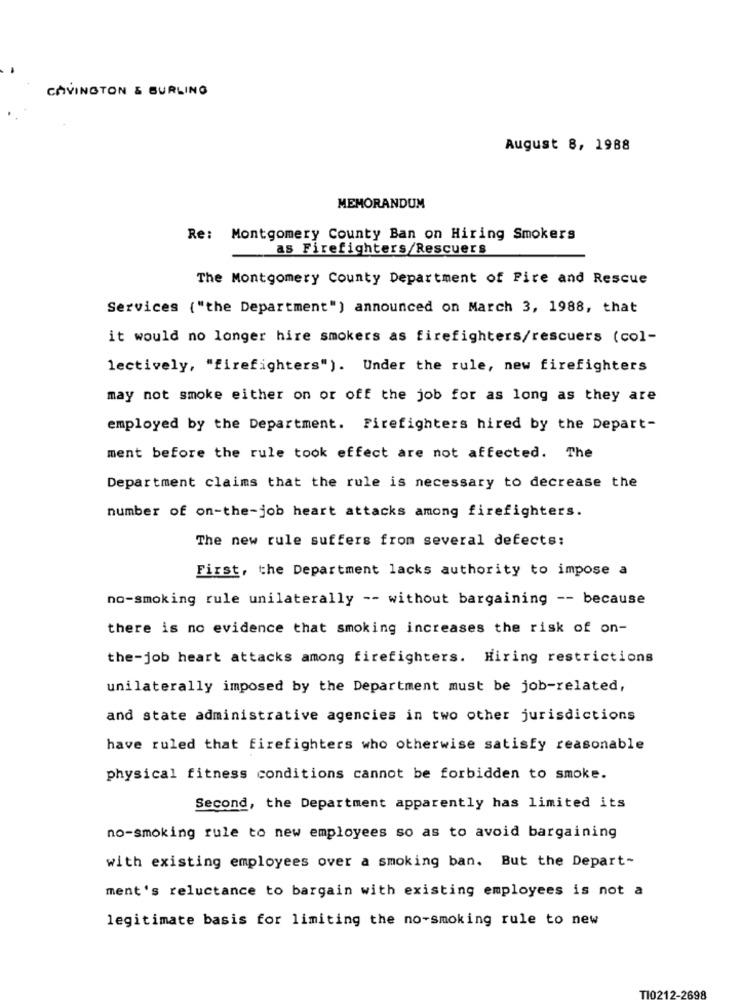
COVINGTON & BURLING
August 8, 1988
MEMORANDUM
Re: Montgomery County Ban on Hiring Smokers
as Firefighters/Rescuers
The Montgomery County Department of Fire and Rescue
Services ("the Department") announced on March 3, 1988, that
it would no longer hire smokers as firefighters/rescuers (col-
lectively, "firefighters"). Under the rule, new firefighters
may not smoke either on or off the job for as long as they are
employed by the Department. Firefighters hired by the Depart-
ment before the rule took effect are not affected. The
Department claims that the rule is necessary to decrease the
number of on-the-job heart attacks among firefighters.
The new rule suffers from several defects:
First, the Department lacks authority to impose a
no-smoking rule unilaterally -- without bargaining -- because
there is no evidence that smoking increases the risk of on-
the-job heart attacks among firefighters. Hiring restrictions
unilaterally imposed by the Department must be job-related,
and state administrative agencies in two other jurisdictions
have ruled that firefighters who otherwise satisfy reasonable
physical fitness conditions cannot be forbidden to smoke.
Second, the Department apparently has limited its
no-smoking rule to new employees so as to avoid bargaining
with existing employees over a smoking ban. But the Depart-
ment's reluctance to bargain with existing employees is not a
legitimate basis for limiting the no-smoking rule to new